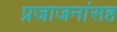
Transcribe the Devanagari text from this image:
प्रजाजनांसह